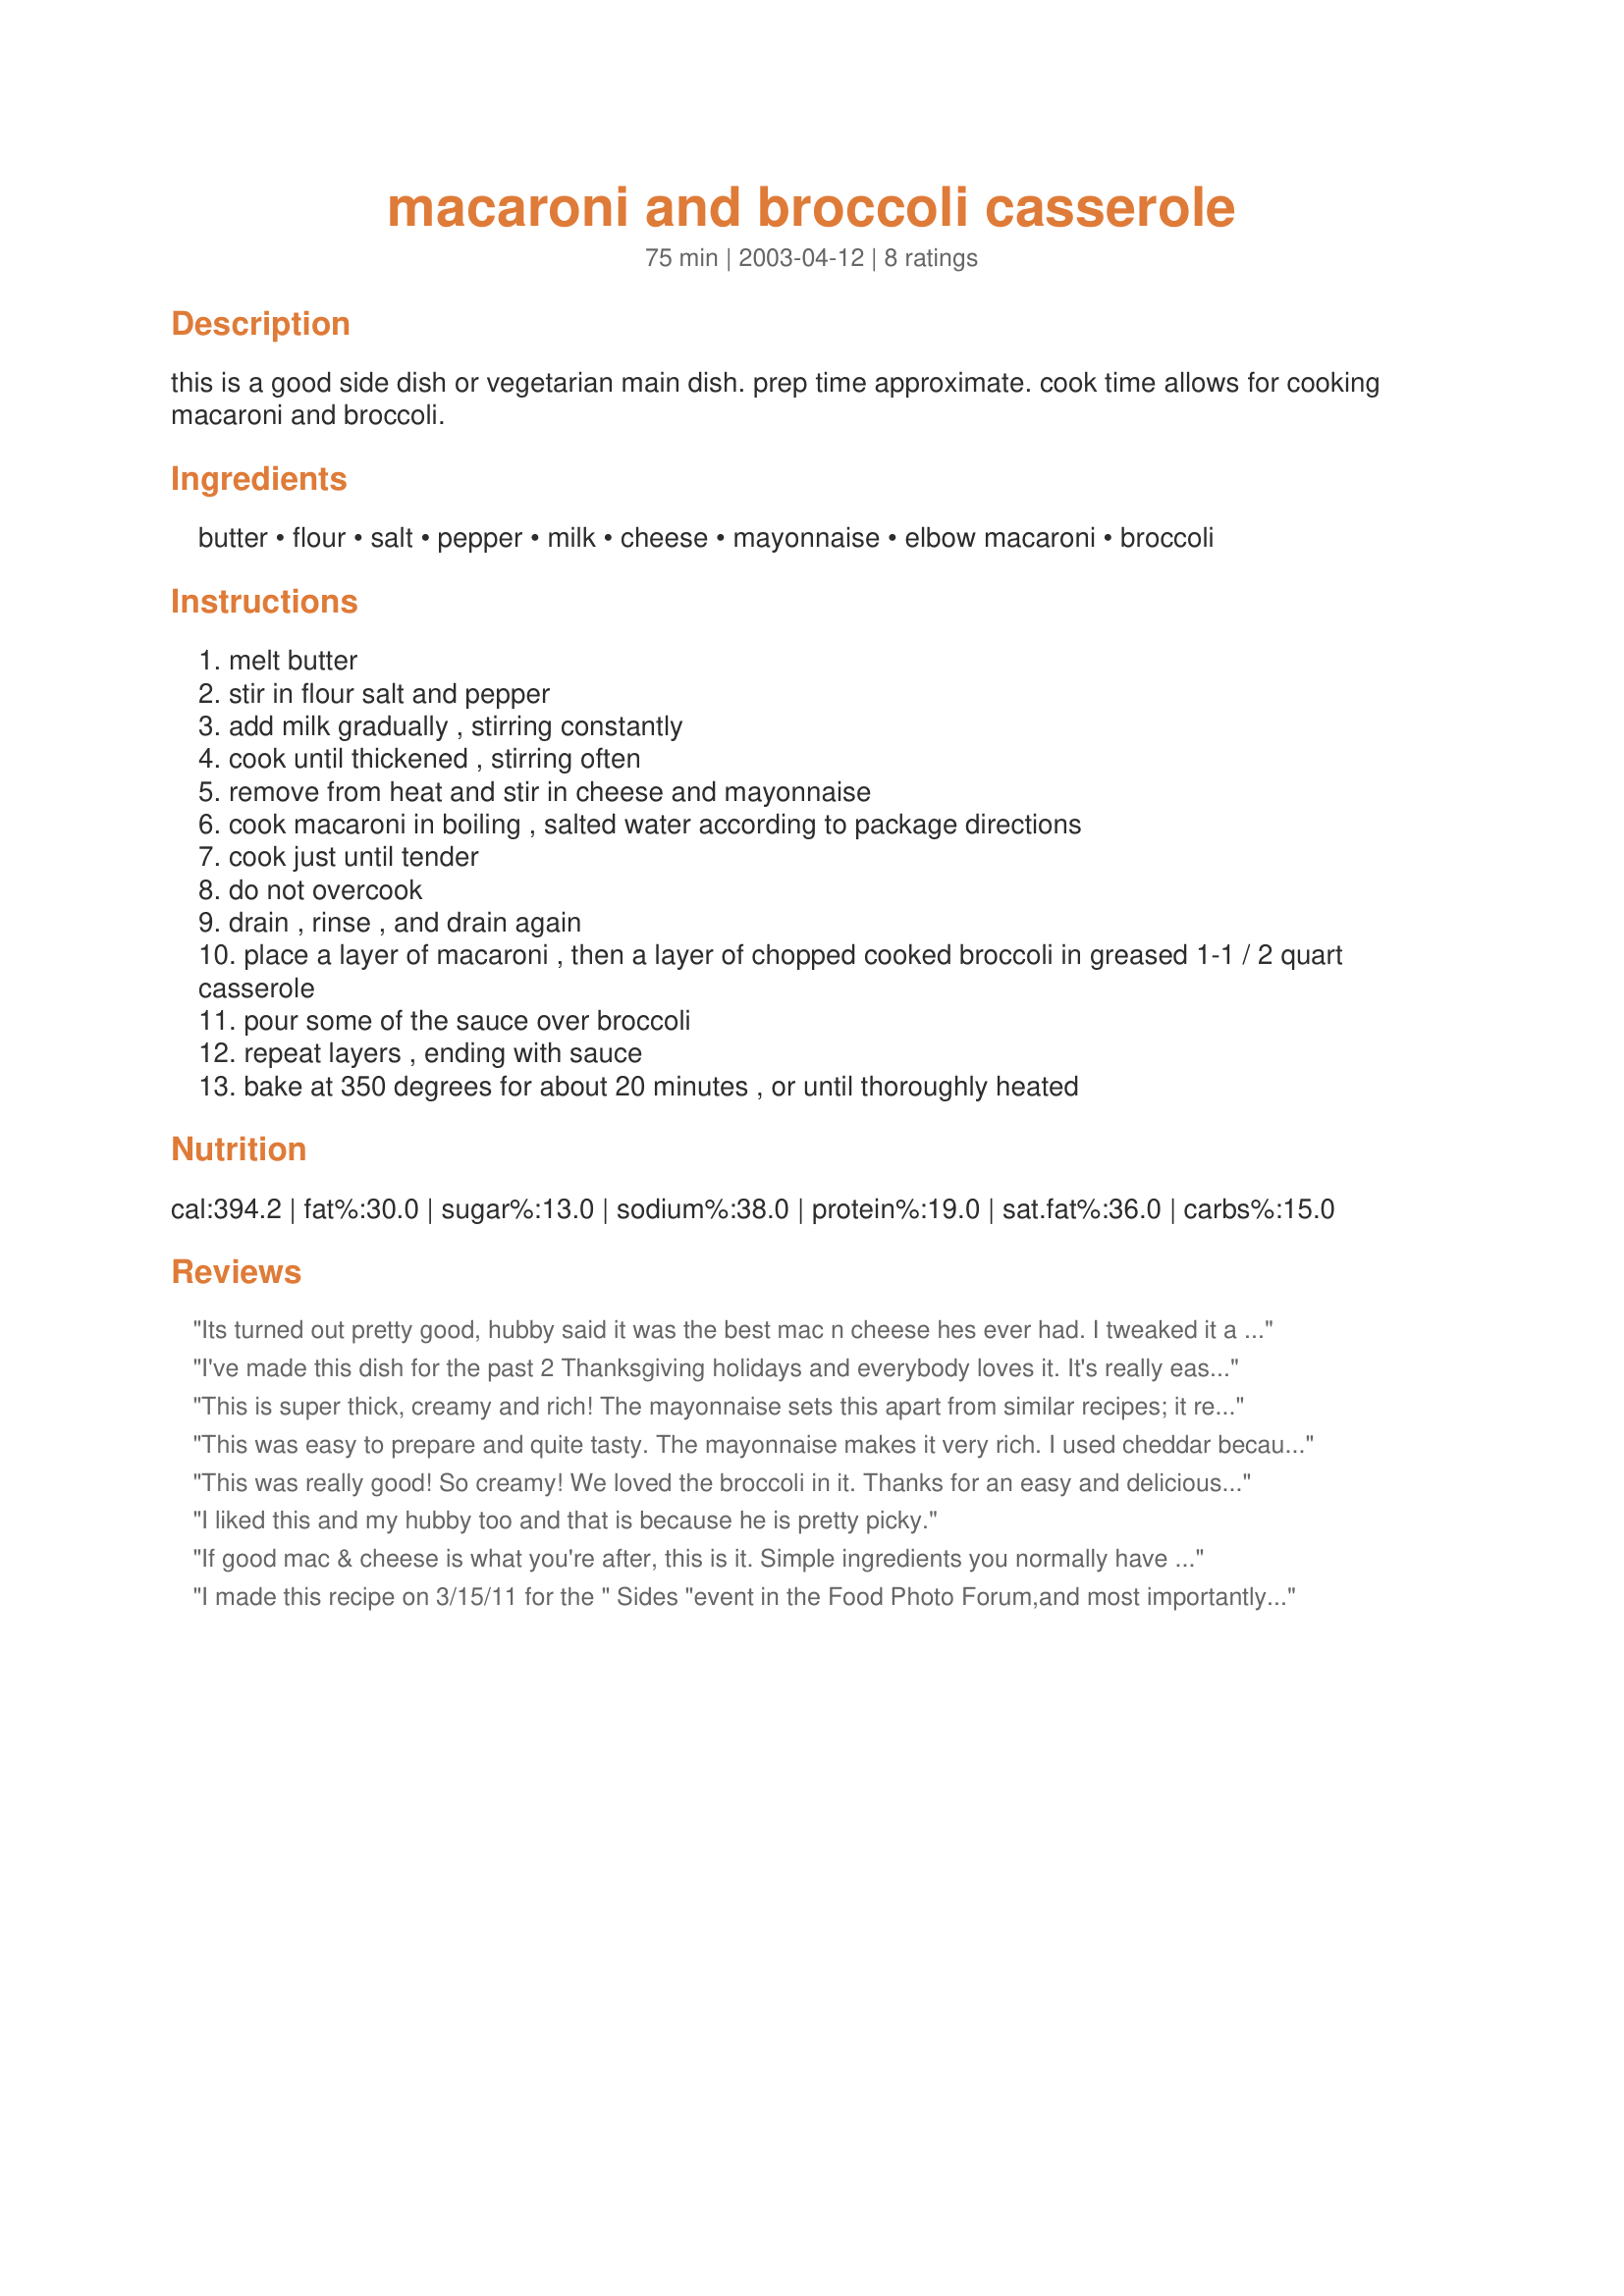
macaroni and broccoli casserole
Preparation time: 75 minutes

this is a good side dish or vegetarian main dish. prep time approximate. cook time allows for cooking macaroni and broccoli.

Ingredients:
butter, flour, salt, pepper, milk, cheese, mayonnaise, elbow macaroni, broccoli

Steps:
melt butter
stir in flour salt and pepper
add milk gradually , stirring constantly
cook until thickened , stirring often
remove from heat and stir in cheese and mayonnaise
cook macaroni in boiling , salted water according to package directions
cook just until tender
do not overcook
drain , rinse , and drain again
place a layer of macaroni , then a layer of chopped cooked broccoli in greased 1-1 / 2 quart casserole
pour some of the sauce over broccoli
repeat layers , ending with sauce
bake at 350 degrees for about 20 minutes , or until thoroughly heated

Reviews:
Its turned out pretty good, hubby said it was the best mac n cheese hes ever had. I tweaked it a bit though: boiled the broccoli with the noodles, added garlic salt instead of salt (half the amount), more pepper, parsley, cayanne, paprika, chopped onions, sriracha. I used cream and milk, 1 1/2 cup. Feta, parm and swiss, 1/2 cup. Mixed everything togeather, poured into baking pan and topped with herbs, onion and panko. It was great.
I've made this dish for the past 2 Thanksgiving holidays and everybody loves it. It's really easy to bake.
This is super thick, creamy and rich! The mayonnaise sets this apart from similar recipes; it really makes a difference. I used cheddar and american cheeses in the greater amount listed. I used chopped fresh broccoli. If your kids won't eat broccoli, I'm quite certain that they'll eat this. This is a keeper. Thanx for sharing!
This was easy to prepare and quite tasty. The mayonnaise makes it very rich. I used cheddar because that's what I had. Good recipe!
This was really good! So creamy! We loved the broccoli in it. Thanks for an easy and delicious side dish. Will definitely be having this often :)
I liked this and my hubby too and that is because he is pretty picky.
If good mac & cheese is what you're after, this is it. Simple ingredients you normally have on hand - my kids thought this was pretty great. Needed a teen friendly casserole for the babysitter and kids tonight, without resorting to something packaged. My only question mark would be the amount it serves - I measured out 8 ounces and I think it made the ideal amount for 4....6 would have been a stretch. Thanks keen - we have a go to mac recipe now!
I made this recipe on 3/15/11 for the " Sides "event in the Food Photo Forum,and most importantly mine and SO's dinner.Except for cutting the amount of mayonnaise down to 1/2 cup,and adding a lot of pepper the recipe was made as it was written.The baking time and temp. were " Spot On ".After tasting, we felt that " something " was missing,not sure what it was though.But,we both enjoyed the creaminess and tangy taste that the mayo gave this dish.Thank you for posting and, " Keep Smiling:)"
